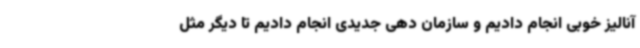
آنالیز خوبی انجام دادیم و سازمان دهی جدیدی انجام دادیم تا دیگر مثل